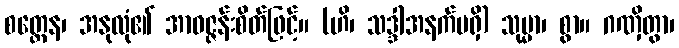
စတ္တေန၊ အနုလုံ၏ အာဝဇ္ဇန်းစိတ်ဖြင့်။ (ဟိ၊ သဒ္ဒါအနက်မရှိ) သုမ္မာ၊ စွာ။ ဂဏှိတွာ၊